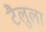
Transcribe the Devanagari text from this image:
टैलुला